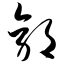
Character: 郭